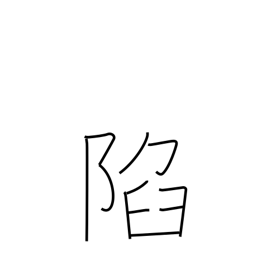
Meaning: fall (castle)